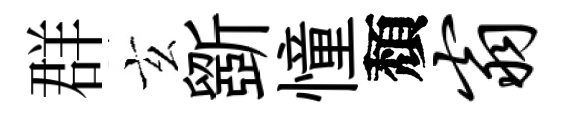
群玄斵憧頽翁